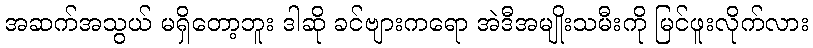
အဆက်အသွယ် မရှိတော့ဘူး ဒါဆို ခင်ဗျားကရော အဲဒီအမျိုးသမီးကို မြင်ဖူးလိုက်လား